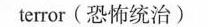
terror(恐怖统治)